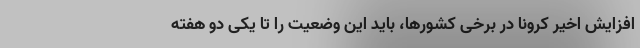
افزایش اخیر کرونا در برخی کشورها، باید این وضعیت را تا یکی دو هفته